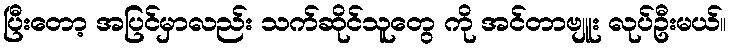
ပြီးတော့ အပြင်မှာလည်း သက်ဆိုင်သူတွေ ကို အင်တာဗျူး လုပ်ဦးမယ်။